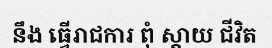
នឹង ធ្វើរាជការ ពុំ ស្តាយ ជីវិត